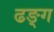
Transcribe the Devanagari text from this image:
ढङ्ग